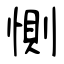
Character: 惻